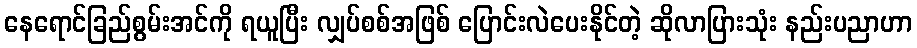
နေရောင်ခြည်စွမ်းအင်ကို ရယူပြီး လျှပ်စစ်အဖြစ် ပြောင်းလဲပေးနိုင်တဲ့ ဆိုလာပြားသုံး နည်းပညာဟာ